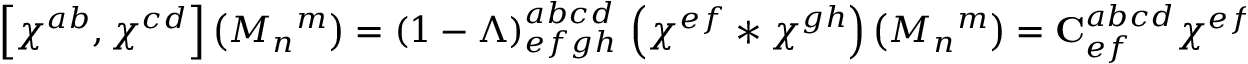
\left[ \chi ^ { a b } , \chi ^ { c d } \right] \left( M _ { n } ^ { \, \, \, \, \, m } \right) = \left( 1 - \Lambda \right) _ { e f g h } ^ { a b c d } \, \left( \chi ^ { e f } \ast \chi ^ { g h } \right) \left( M _ { n } ^ { \, \, \, \, \, m } \right) = { \mathbf { C } } _ { e f } ^ { a b c d } \chi ^ { e f } \left( M _ { n } ^ { \, \, \, \, \, m } \right) ,